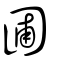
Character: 圃